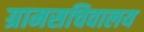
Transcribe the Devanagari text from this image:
ग्रामसचिवालय